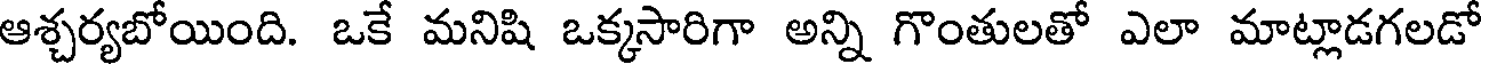
ఆశ్చర్యబోయింది. ఒకే మనిషి ఒక్కసారిగా అన్ని గొంతులతో ఎలా మాట్లాడగలడో